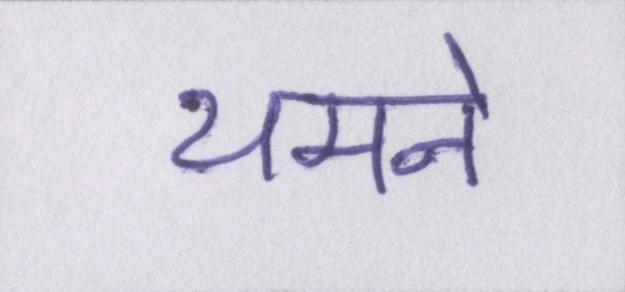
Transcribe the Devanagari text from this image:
थमने